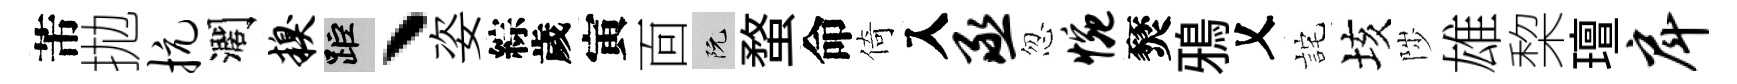
芾拋抗濶糗距丶姿綜歲寅靣阮蝥命倚入丞忽惋燹鴉乂詫垓陟雄棃璮戽